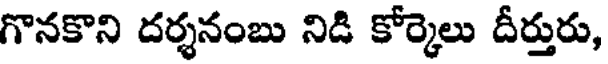
గొనకొని దర్శనంబు నిడి కోర్కెలు దీర్తురు,